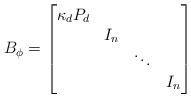
LaTeX: \begin{align*}B_\phi=\begin{bmatrix}\kappa_d P_d \\& I_n \\& & \ddots \\& & & I_n\end{bmatrix}\end{align*}